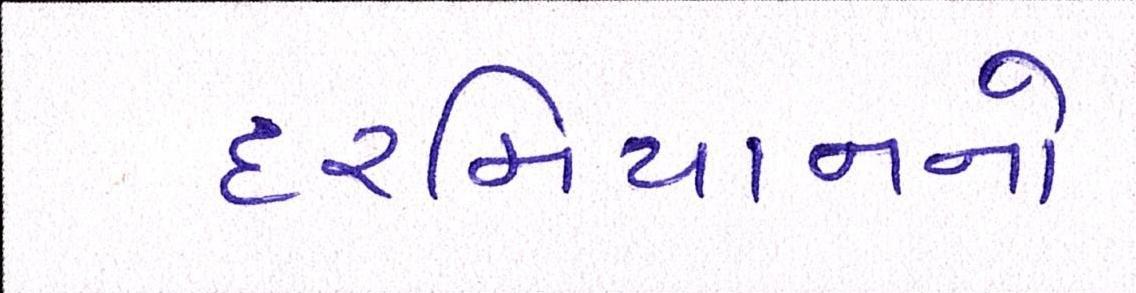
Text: દરમિયાનનો